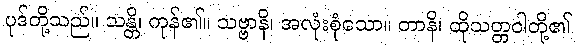
ပုဒ်တို့သည်။ သန္တိ၊ ကုန်၏။ သဗ္ဗာနိ၊ အလုံးစုံသော။ တာနိ၊ ထိုသတ္တဝါတို့၏